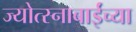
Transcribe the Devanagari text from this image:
ज्योत्स्नाबाईंच्या